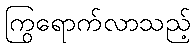
ကြွရောက်လာသည့်